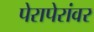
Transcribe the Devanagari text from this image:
पेरापेरांवर